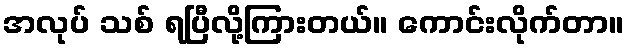
အလုပ် သစ် ရပြီလို့ကြားတယ်။ ကောင်းလိုက်တာ။